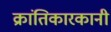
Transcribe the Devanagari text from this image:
क्रांतिकारकानी